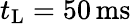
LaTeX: t_{\mathrm{L}}=50\, \mathrm{ms}